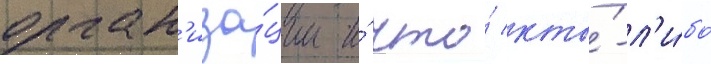
орган'иза́ции и́ что́ кто́-л'и́бо